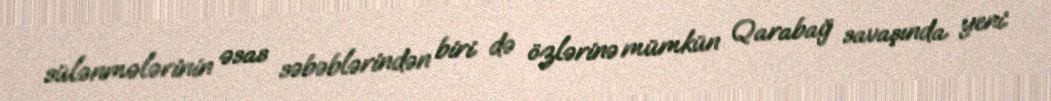
sülənmələrinin əsas səbəblərindən biri də özlərinə mümkün Qarabağ savaşında yeni